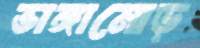
ভাঙ্গামোড়